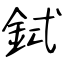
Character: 鉽